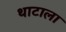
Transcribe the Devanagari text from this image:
थाटाला